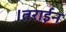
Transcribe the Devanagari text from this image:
।तराईन